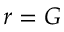
r = G